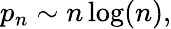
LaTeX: p_{n}\sim n\log(n),